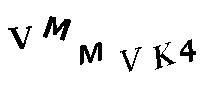
VMMVK4